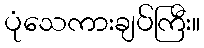
ပုံသေကားချပ်ကြီး။